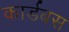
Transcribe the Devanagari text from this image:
कार्डबस